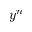
y ^ { n }